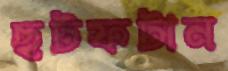
ছটফটান